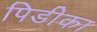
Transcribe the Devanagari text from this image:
पिडीका